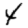
Digit: 4